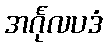
အင်္ဂုလပဒံ